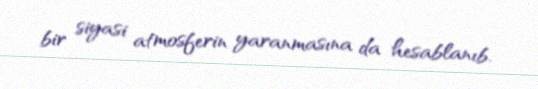
bir siyasi atmosferin yaranmasına da hesablanıb.